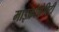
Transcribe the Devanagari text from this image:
माइक्रोग्रेविटी